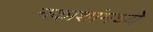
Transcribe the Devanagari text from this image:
नकाशांमध्ये